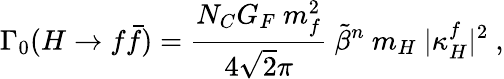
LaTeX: \Gamma_{0}(H\rightarrow f\bar{f})=\frac{N_{C}G_{F}\ m_{f}^{2}}{4\sqrt{2}\pi}\ \tilde{\beta}^{n}\ m_{H}\ |\kappa_{H}^{f}|^{2}\ ,